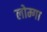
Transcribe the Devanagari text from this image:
लोम्गा